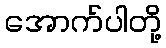
အောက်ပါတို့